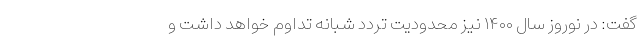
گفت: در نوروز سال ۱۴۰۰ نیز محدودیت تردد شبانه‌ تداوم خواهد داشت و